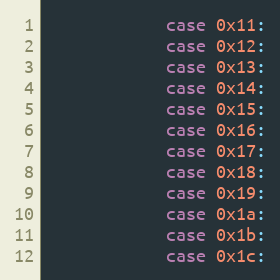
Language: C
            case 0x11:
            case 0x12:
            case 0x13:
            case 0x14:
            case 0x15:
            case 0x16:
            case 0x17:
            case 0x18:
            case 0x19:
            case 0x1a:
            case 0x1b:
            case 0x1c: